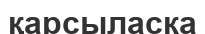
қарсыласка